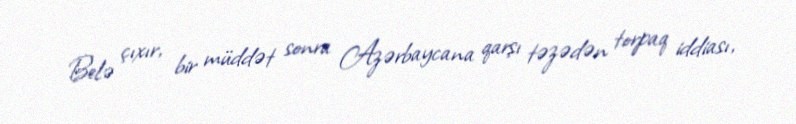
Belə çıxır, bir müddət sonra Azərbaycana qarşı təzədən torpaq iddiası,